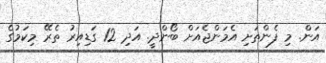
އަން. މި ފެންތަށި އެމަންޖެއަށް ބޯންދީ. އަދި 12 ގަޑިއިރު ތެރޭ މިކަމުގެ